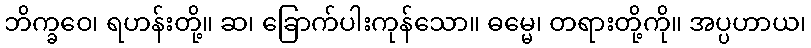
ဘိက္ခဝေ၊ ရဟန်းတို့။ ဆ၊ ခြောက်ပါးကုန်သော။ ဓမ္မေ၊ တရားတို့ကို။ အပ္ပဟာယ၊